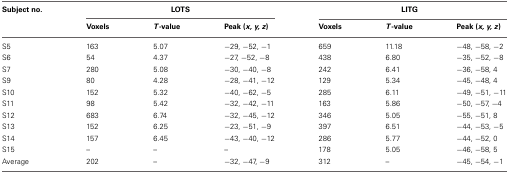
| Subject no. | <COLSPAN=3> LOTS | <COLSPAN=3> LITG |
 |  | Voxels | T-value | Peak (x, y, z) | Voxels | T-value | Peak (x, y, z) |
 | --- | --- | --- | --- | --- | --- | --- |
 | S5 | 163 | 5.07 | −29, −52, −1 | 659 | 11.18 | −48, −58, −2 |
 | S6 | 54 | 4.37 | −27, −52, −8 | 438 | 6.80 | −35, −52, −8 |
 | S7 | 280 | 5.08 | −30, −40, −8 | 242 | 6.41 | −36, −58, 4 |
 | S9 | 80 | 4.28 | −28, −41, −12 | 129 | 5.34 | −45, −48, 4 |
 | S10 | 152 | 5.32 | −40, −62, −5 | 285 | 6.11 | −49, −51, −11 |
 | S11 | 98 | 5.42 | −32, −42, −11 | 163 | 5.86 | −50, −57, −4 |
 | S12 | 683 | 6.74 | −32, −45, −12 | 346 | 5.05 | −55, −51, 8 |
 | S13 | 152 | 6.25 | −23, −51, −9 | 397 | 6.51 | −44, −53, −5 |
 | S14 | 157 | 6.45 | −43, −40, −12 | 286 | 5.77 | −44, −52, 0 |
 | S15 | – | – | – | 178 | 5.05 | −46, −58, 5 |
 | Average | 202 | – | −32, −47, −9 | 312 | – | −45, −54, −1 |